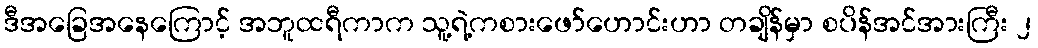
ဒီအခြေအနေကြောင့် အဘူထရီကာက သူ့ရဲ့ကစားဖော်ဟောင်းဟာ တချိန်မှာ စပိန်အင်အားကြီး ၂